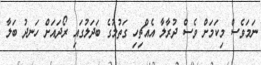
ނަމަވެސް މިކަމަށް ވެސް ދުރާލާ އެއްޗިހި ގަތުމުގެ ބަދަލުގައި ރޯދައަށް ހަނދު ބަލާ